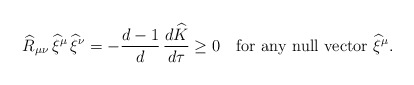
\begin{align*}\widehat{R}_{\mu\nu}\,\widehat{\xi}^\mu\,\widehat{\xi}^\nu =-\frac{d-1}{d}\,\frac{d\widehat{K}}{d\tau}\ge 0~~~ {\rm for~any~null~vector}~\widehat{\xi}^\mu.\end{align*}